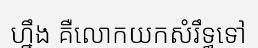
ហ្នឹង គឺលោកយកសំរឹទ្ធទៅ